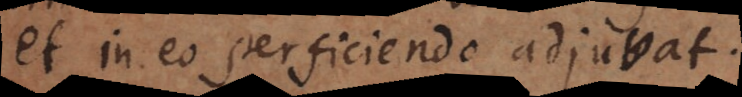
et in eo perficiendo adjuvat.